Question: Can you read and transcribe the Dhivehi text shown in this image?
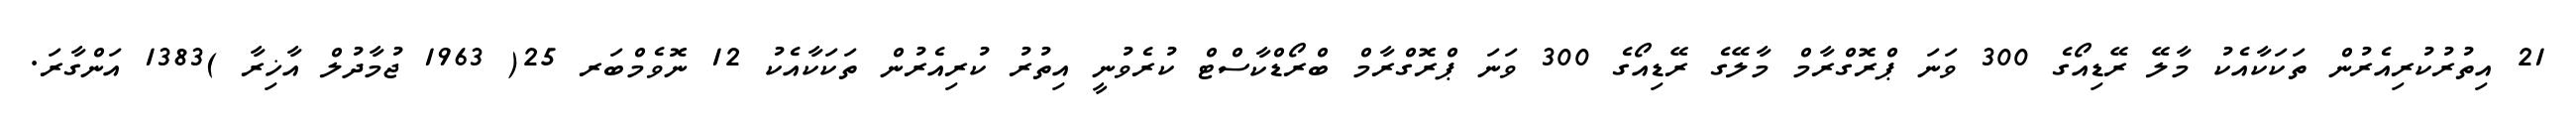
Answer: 21 އިތުރުކުރިއެރުން ތަކަކާއެކު މާލޭ ރޭޑިއޯގެ 300 ވަނަ ޕްރޮގްރާމް މާލޭގެ ރޭޑިއޯގެ 300 ވަނަ ޕްރޮގްރާމް ބްރޯޑްކާސްޓް ކުރެވުނީ އިތުރު ކުރިއެރުން ތަކަކާއެކު 12 ނޮވެމްބަރ 25( 1963 ޖުމާދުލް އާޚިރާ )1383 އަންގާރަ.